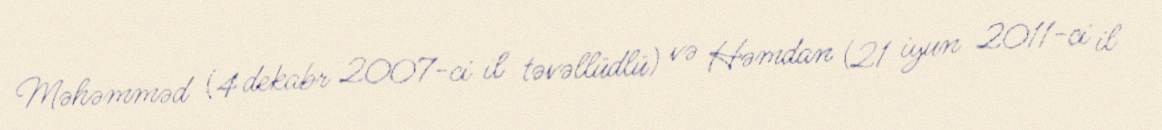
Məhəmməd (4 dekabr 2007-ci il təvəllüdlü) və Həmdan (21 iyun 2011-ci il